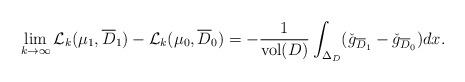
LaTeX: \begin{align*}\lim_{k\rightarrow \infty }\mathcal{L}_k(\mu_1,\overline{D}_1)-\mathcal{L}_k(\mu_0,\overline{D}_0)=-\frac{1}{\mathrm{vol}(D)}\int_{\Delta_D}(\check{g}_{\overline{D}_1}-\check{g}_{\overline{D}_0})dx.\end{align*}